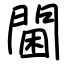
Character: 閫